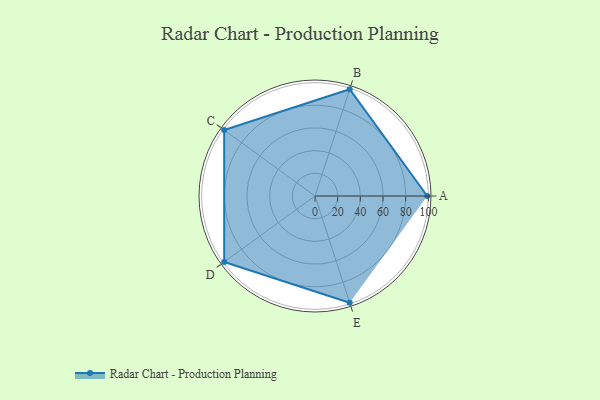
{"axis": {"x": "Skill", "y": "Score"}, "legend": ["Profile"], "data": [{"x": "A", "y": 99, "type": "Profile"}, {"x": "B", "y": 99, "type": "Profile"}, {"x": "C", "y": 99, "type": "Profile"}, {"x": "D", "y": 99, "type": "Profile"}, {"x": "E", "y": 99, "type": "Profile"}]}